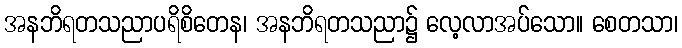
အနဘိရတသညာပရိစိတေန၊ အနဘိရတသညာ၌ လေ့လာအပ်သော။ စေတသာ၊